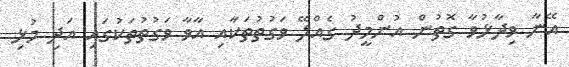
އޭނާ ވިދާޅުވާ ގޮތުން އުންމީދު ގެއްލޭ ވަގުތުތަކާއި އާވާ ވަގުތުތަކުގައި އަދި މުޅި